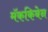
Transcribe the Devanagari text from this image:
मॅककिबेन